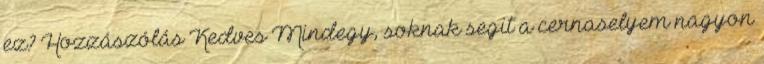
ez? Hozzászólás Kedves Mindegy, soknak segit a cernaselyem nagyon